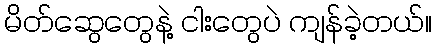
မိတ်ဆွေတွေနဲ့ ငါးတွေပဲ ကျန်ခဲ့တယ်။